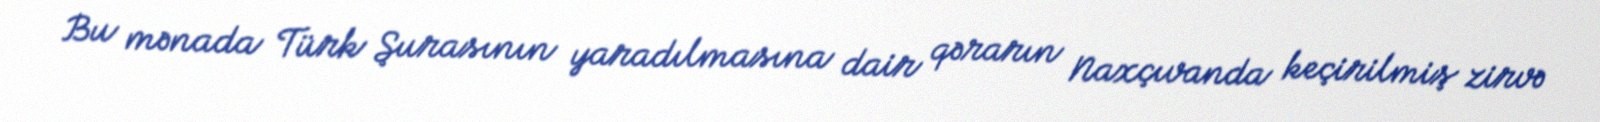
Bu mənada Türk Şurasının yaradılmasına dair qərarın Naxçıvanda keçirilmiş zirvə